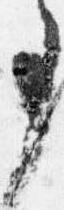
事